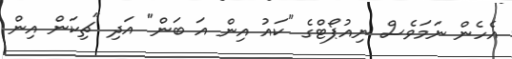
އެހެން ނަމަވެސް ނިއުޕޯޓްގެ "ކައު އިން އަ ބަން" އަދި "ޗިކަން އިން